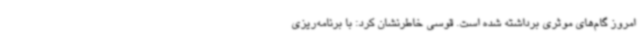
امروز گام‌های موثری برداشته شده است. قوسی خاطرنشان کرد: با برنامه‌ریزی